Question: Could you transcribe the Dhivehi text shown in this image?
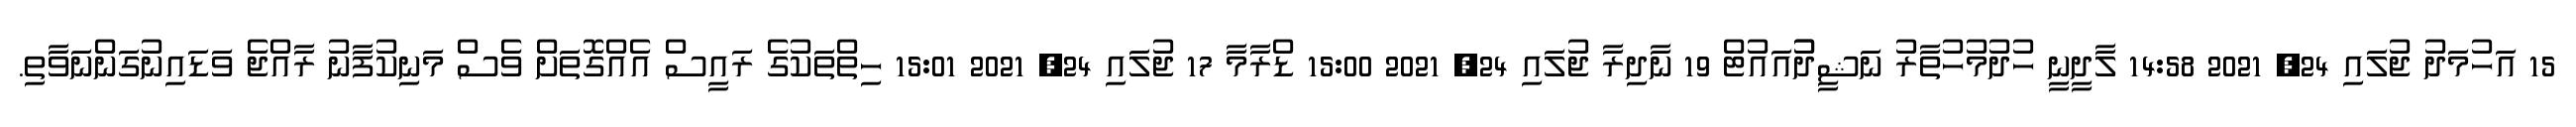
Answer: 15 އަހުމަދު ޖުލައި 24, 2021 14:58 ލާދީނީ ހުދުމުހުތާރު ނަޝީދުުއައުޓް 19 ނާދިރާ ޖުލައި 24, 2021 15:00 ޑްރާމާ 17 ޖުލައި 24, 2021 15:01 ހިތްތަކުގެ ރައީސް އެއްގޮތަށް ވެސް މަނިކުފާނު ރާއްޖެ ވަޑައިނުގަންނަވާތި.